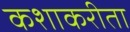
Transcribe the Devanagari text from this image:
कशाकरीता